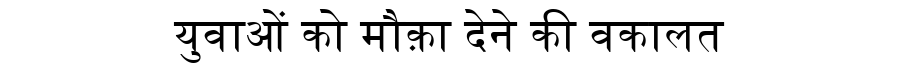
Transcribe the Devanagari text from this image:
युवाओं को मौक़ा देने की वकालत